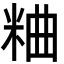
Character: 粬